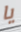
يا